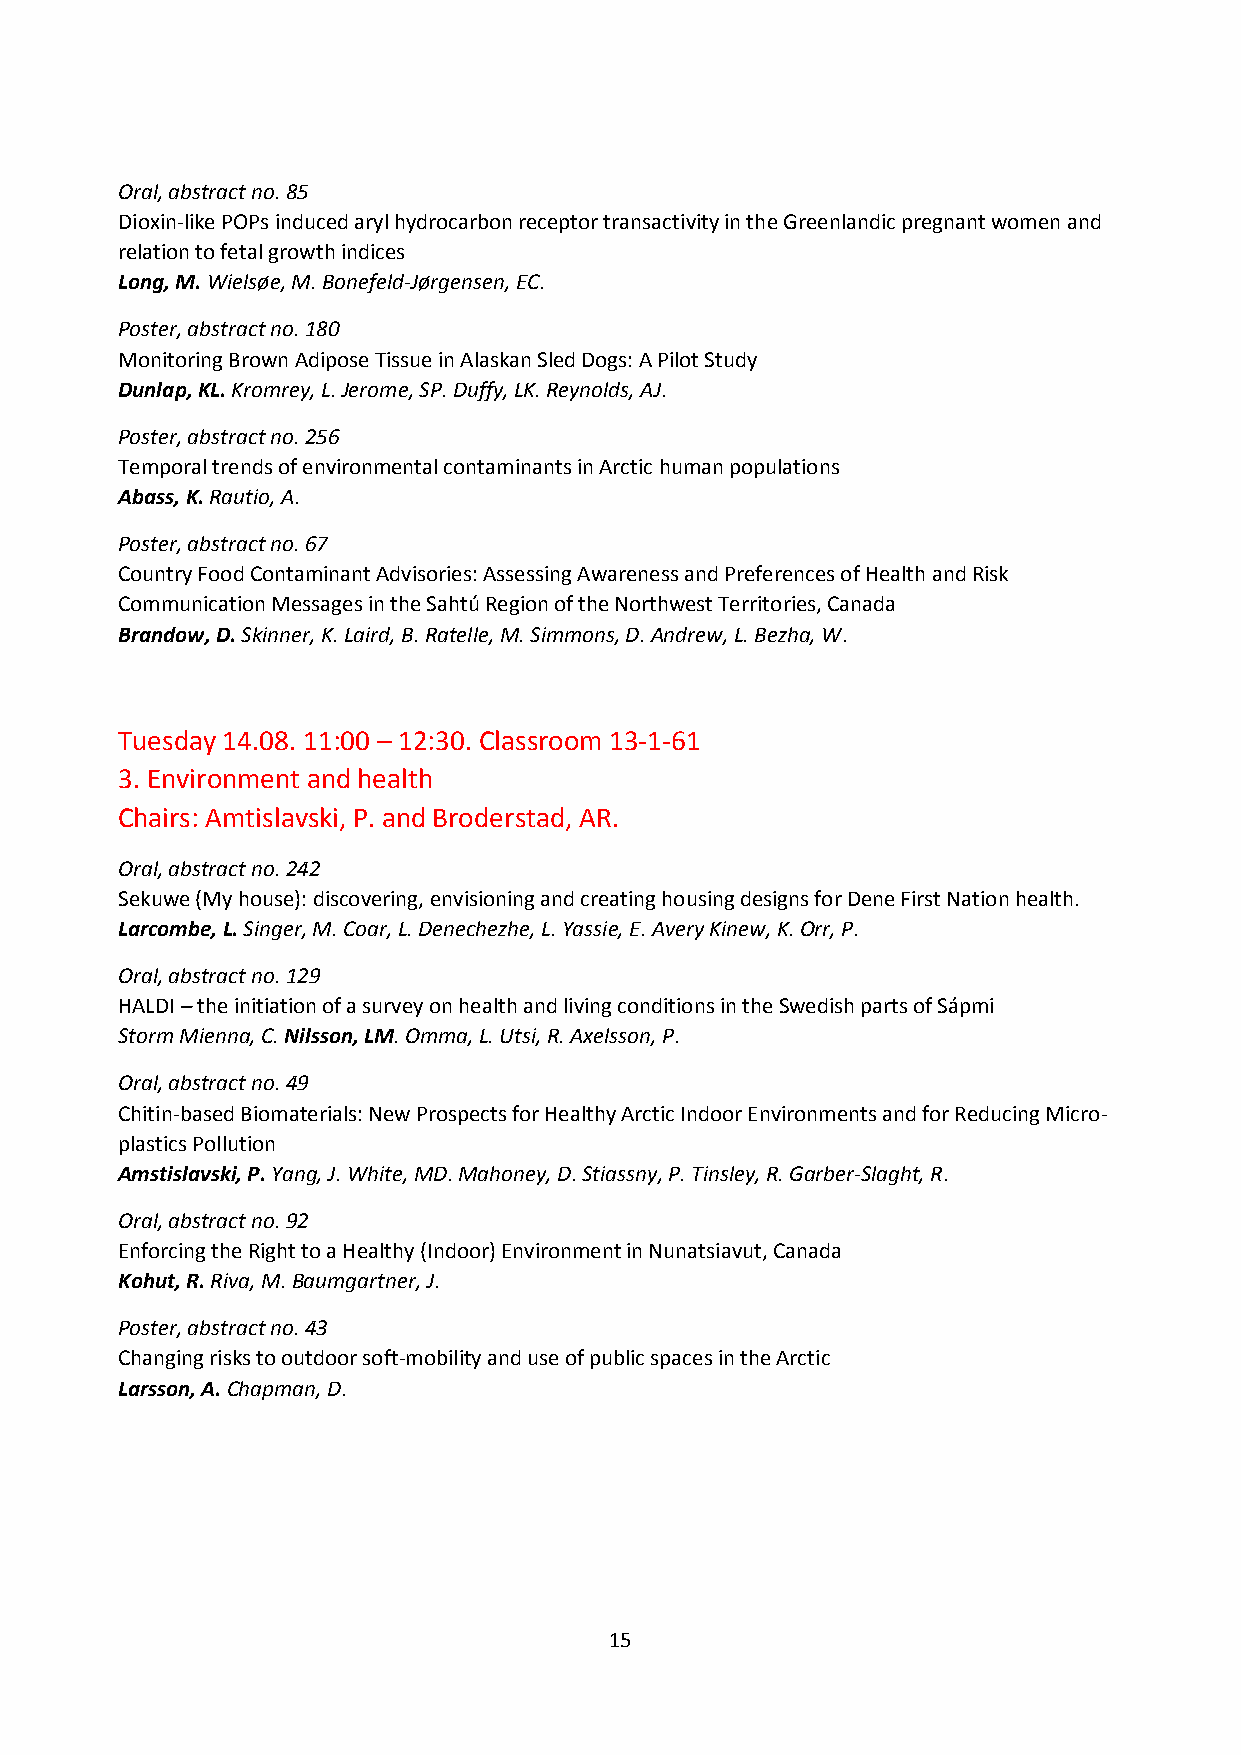
Oral, abstract no. 85
 Dioxin-like POPs induced aryl hydrocarbon receptor transactivity in the Greenlandic pregnant women and
 relation to fetal growth indices
 Long, M. Wielsøe, M. Bonefeld-Jørgensen, EC.
 Poster, abstract no. 180
 Monitoring Brown Adipose Tissue in Alaskan Sled Dogs: A Pilot Study
 Dunlap, KL. Kromrey, L. Jerome, SP. Duffy, LK. Reynolds, AJ.
 Poster, abstract no. 256
 Temporal trends of environmental contaminants in Arctic human populations
 Abass, K. Rautio, A.
 Poster, abstract no. 67
 Country Food Contaminant Advisories: Assessing Awareness and Preferences of Health and Risk
 Communication Messages in the Sahtú Region of the Northwest Territories, Canada
 Brandow, D. Skinner, K. Laird, B. Ratelle, M. Simmons, D. Andrew, L. Bezha, W.
 Tuesday 14.08. 11:00 – 12:30. Classroom 13-1-61
 3. Environment and health
 Chairs: Amtislavski, P. and Broderstad, AR.
 Oral, abstract no. 242
 Sekuwe (My house): discovering, envisioning and creating housing designs for Dene First Nation health.
 Larcombe, L. Singer, M. Coar, L. Denechezhe, L. Yassie, E. Avery Kinew, K. Orr, P.
 Oral, abstract no. 129
 HALDI – the initiation of a survey on health and living conditions in the Swedish parts of Sápmi
 Storm Mienna, C. Nilsson, LM. Omma, L. Utsi, R. Axelsson, P.
 Oral, abstract no. 49
 Chitin-based Biomaterials: New Prospects for Healthy Arctic Indoor Environments and for Reducing Micro-
 plastics Pollution
 Amstislavski, P. Yang, J. White, MD. Mahoney, D. Stiassny, P. Tinsley, R. Garber-Slaght, R.
 Oral, abstract no. 92
 Enforcing the Right to a Healthy (Indoor) Environment in Nunatsiavut, Canada
 Kohut, R. Riva, M. Baumgartner, J.
 Poster, abstract no. 43
 Changing risks to outdoor soft-mobility and use of public spaces in the Arctic
 Larsson, A. Chapman, D.
 15